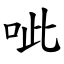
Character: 呲